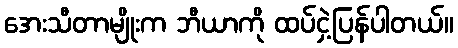
အေးသီတာမျိုးက ဘီယာကို ထပ်ငှဲ့ပြန်ပါတယ်။